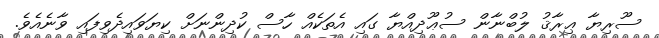
ސޫރިޔާ ޢިރާޤު ލުބްނާން ސުޢޫދިއްޔާ ގައި އެތަކެއް ހާސް ކުދިންނަށް ކިޔަވައިދެވިފައި ވާނެއެވެ.